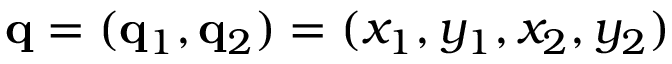
\mathbf { q } = ( \mathbf { q } _ { 1 } , \mathbf { q } _ { 2 } ) = ( x _ { 1 } , y _ { 1 } , x _ { 2 } , y _ { 2 } )